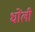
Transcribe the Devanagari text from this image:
धोंली